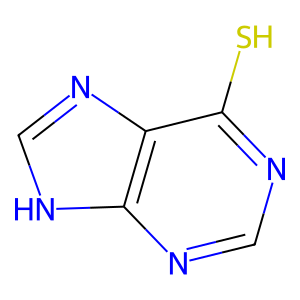
SMILES: Sc1ncnc2[nH]cnc12
Inhibits HIV replication: No